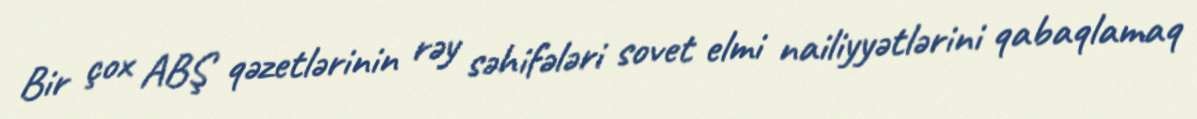
Bir çox ABŞ qəzetlərinin rəy səhifələri sovet elmi nailiyyətlərini qabaqlamaq